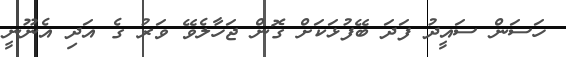
ހަސަން ސައީދު ފަދަ ބޭފުޅަކަށް ގޮން ޖަހާލެވޭ ވަރު ގެ އަދި އެނޫނީ